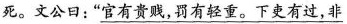
死。文公日：”\underline{官有贵贱，罚有轻重。下吏有过，非}